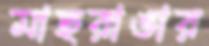
মাছরাঙার